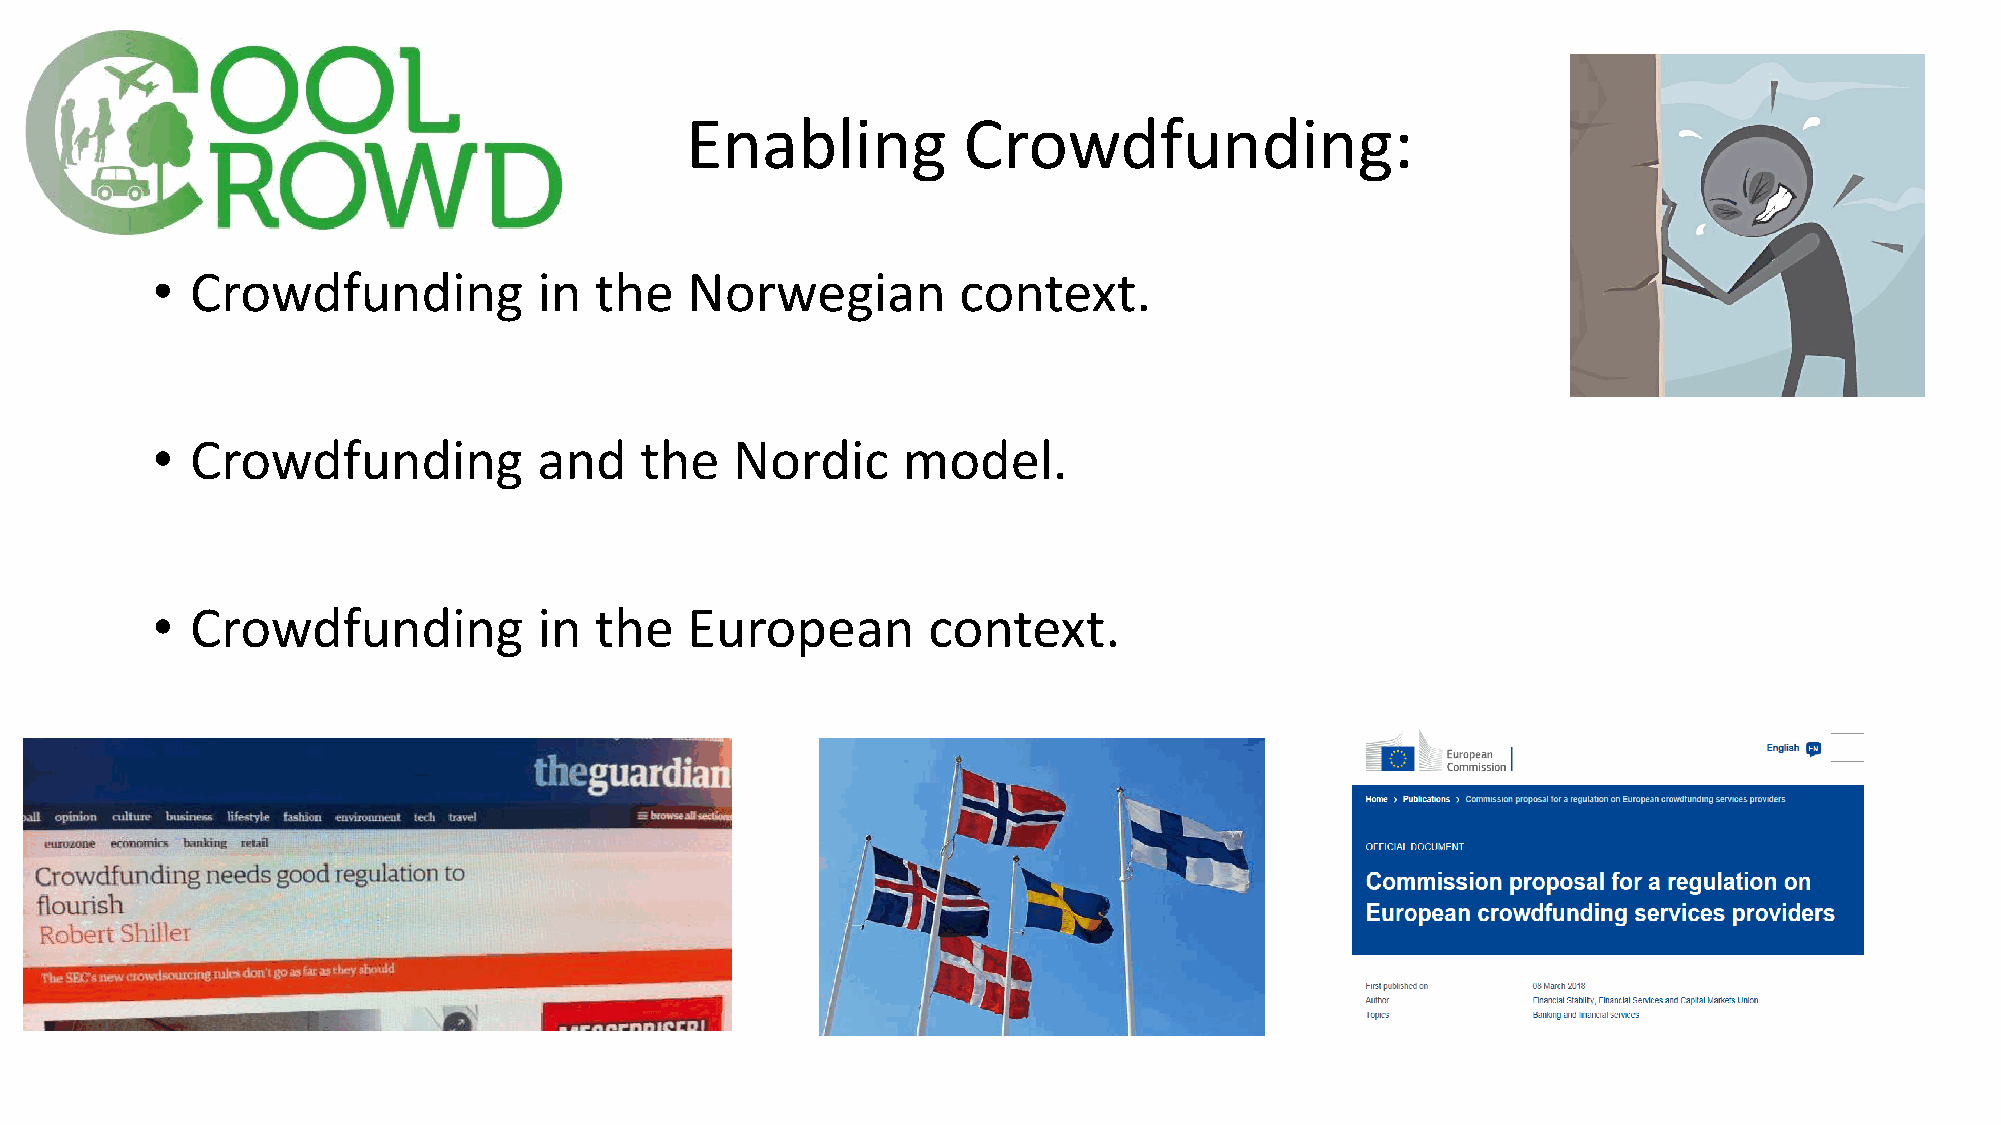
Enabling           Crowdfunding:
 •  Crowdfunding           in the   Norwegian         context.
 •  Crowdfunding           and   the   Nordic      model.
 •  Crowdfunding           in the   European        context.